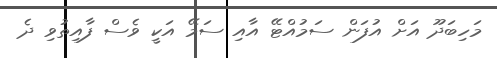
މަހިބަދޫ އަށް އުފަން ސަމުއްޓޭ އާއި ސަމޭ އަކީ ވެސް ފާއިތުވި ދެ